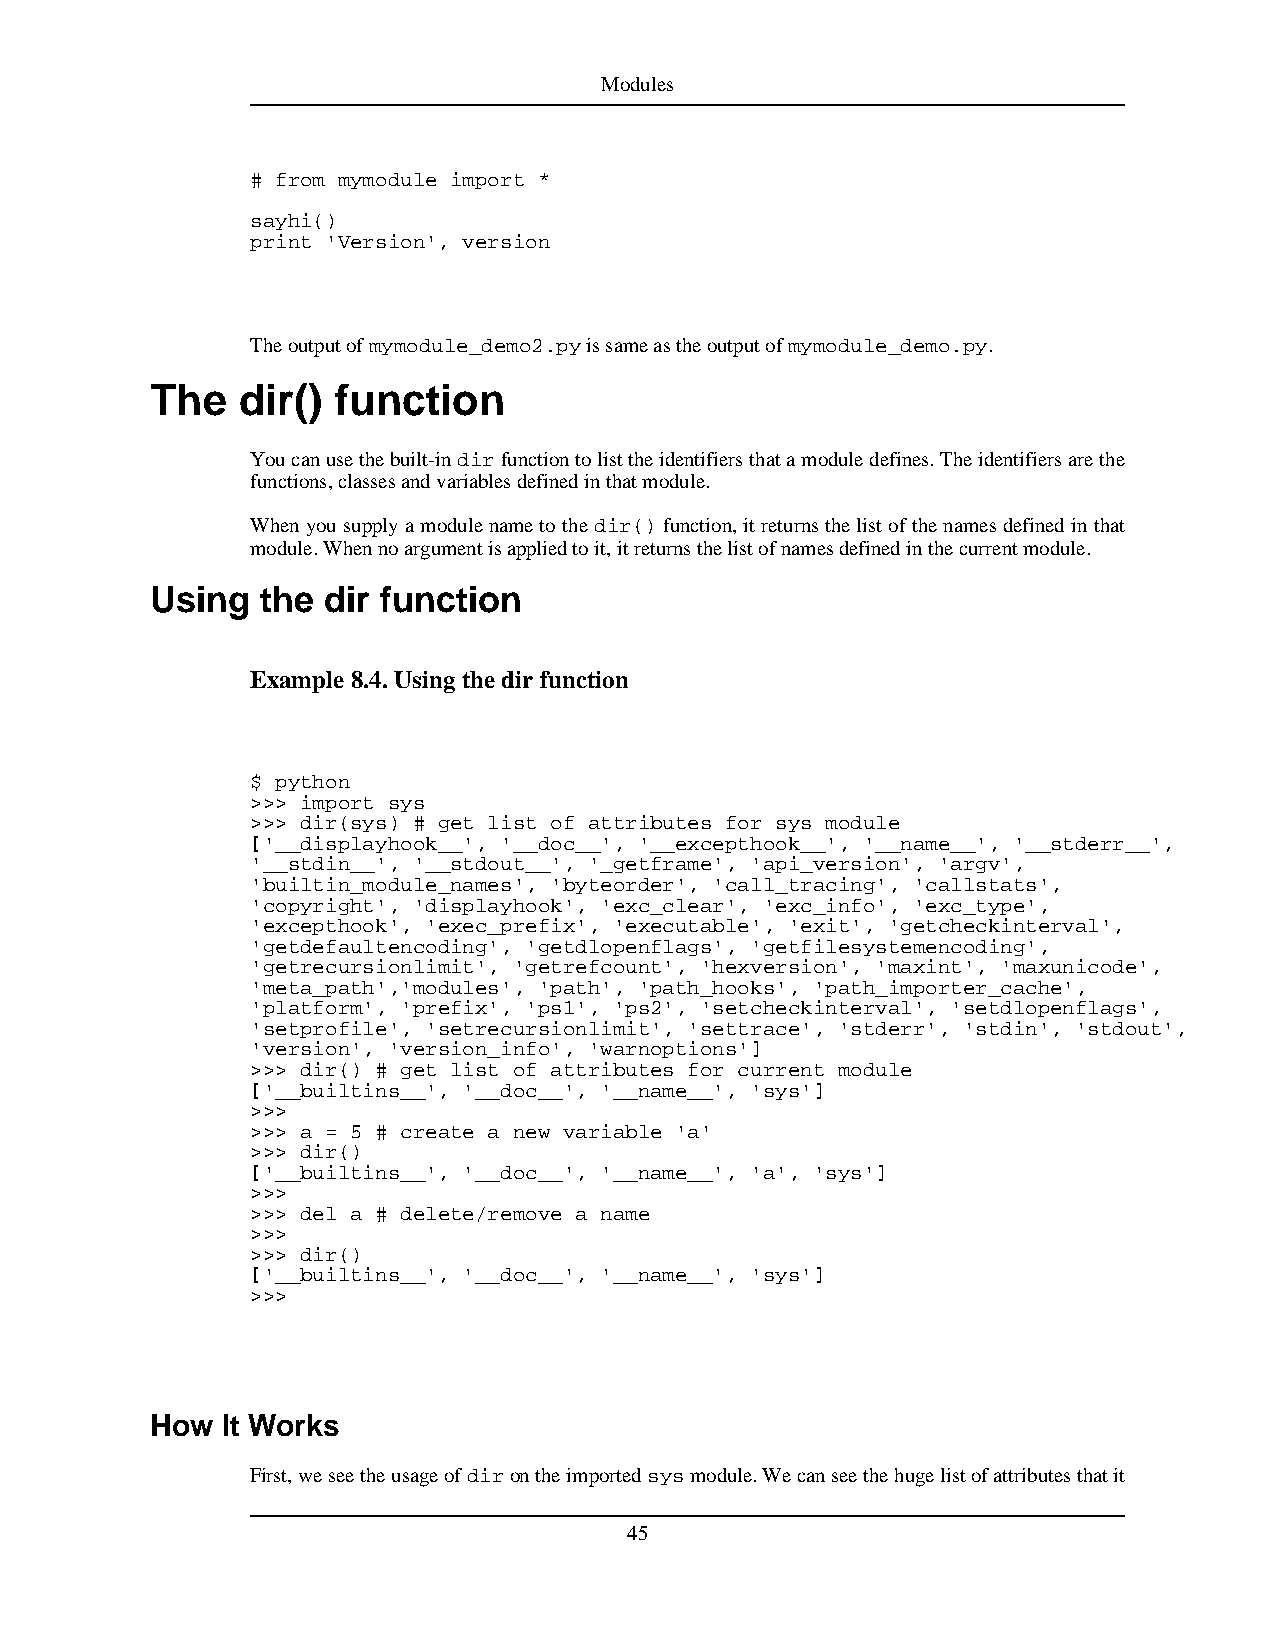
Modules
 # from mymodule import *
 sayhi()
 print 'Version', version
 Theoutputofmymodule_demo2.pyissameastheoutputofmymodule_demo.py.
 The   dir() function
 Youcanusethebuilt-indirfunctiontolisttheidentifiersthatamoduledefines.Theidentifiersarethe
 functions,classesandvariablesdefinedinthatmodule.
 Whenyousupplyamodulenametothedir()function,itreturnsthelistofthenamesdefinedinthat
 module.Whennoargumentisappliedtoit,itreturnsthelistofnamesdefinedinthecurrentmodule.
 Using  the dir function
 Example 8.4.Usingthedir function
 $ python
 >>> import sys
 >>> dir(sys) # get list of attributes for sys module
 ['__displayhook__', '__doc__', '__excepthook__', '__name__', '__stderr__',
 '__stdin__', '__stdout__', '_getframe', 'api_version', 'argv',
 'builtin_module_names', 'byteorder', 'call_tracing', 'callstats',
 'copyright', 'displayhook', 'exc_clear', 'exc_info', 'exc_type',
 'excepthook', 'exec_prefix', 'executable', 'exit', 'getcheckinterval',
 'getdefaultencoding', 'getdlopenflags', 'getfilesystemencoding',
 'getrecursionlimit', 'getrefcount', 'hexversion', 'maxint', 'maxunicode',
 'meta_path','modules', 'path', 'path_hooks', 'path_importer_cache',
 'platform', 'prefix', 'ps1', 'ps2', 'setcheckinterval', 'setdlopenflags',
 'setprofile', 'setrecursionlimit', 'settrace', 'stderr', 'stdin', 'stdout',
 'version', 'version_info', 'warnoptions']
 >>> dir() # get list of attributes for current module
 ['__builtins__', '__doc__', '__name__', 'sys']
 >>>
 >>> a = 5 # create a new variable 'a'
 >>> dir()
 ['__builtins__', '__doc__', '__name__', 'a', 'sys']
 >>>
 >>> del a # delete/remove a name
 >>>
 >>> dir()
 ['__builtins__', '__doc__', '__name__', 'sys']
 >>>
 How  It Works
 First,weseetheusageofdirontheimportedsysmodule.Wecanseethehugelistofattributesthatit
 45